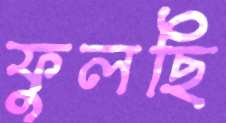
ফুলছি